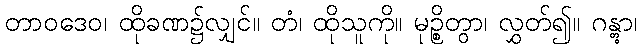
တာဝဒေဝ၊ ထိုခဏ၌လျှင်။ တံ၊ ထိုသူကို။ မုဉ္စိတွာ၊ လွှတ်၍။ ဂန္တွာ၊